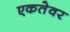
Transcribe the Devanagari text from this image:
एकतेवर